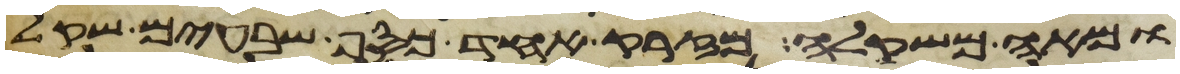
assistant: ומאה משקלה מזרק אחד כסף שבעים שקל